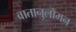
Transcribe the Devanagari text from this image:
वातानुलोमन